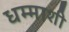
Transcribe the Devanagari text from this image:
धम्माशी